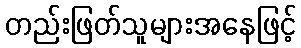
တည်းဖြတ်သူများအနေဖြင့်